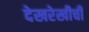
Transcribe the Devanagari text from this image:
देखरेखीची